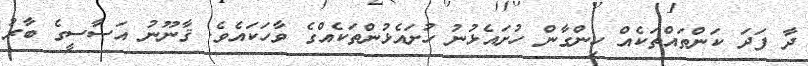
ދާ ފަދަ ކަންތައްތަކެއް ހިންގާން ހުށައެޅުނު ހުށައެޅުންތަކެއްގެ ވާހަކައެވެ. ޤާނޫނު އަސާސީގެ ބާރު